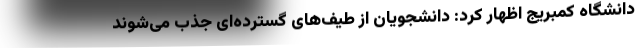
دانشگاه کمبریج اظهار کرد: دانشجویان از طیف‌های گسترده‌ای جذب می‌شوند